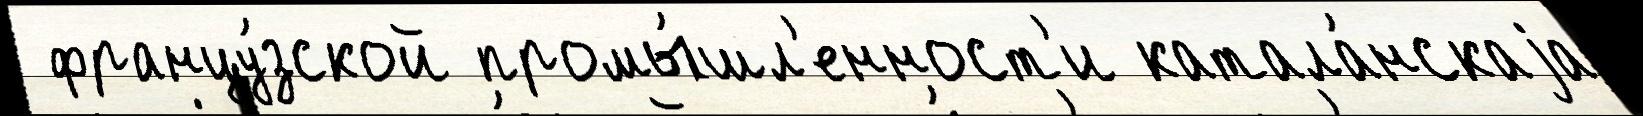
 францу́зской промы́шл'енност'и катала́нскаjа